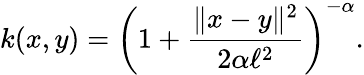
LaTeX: k(x,y)=\left(1+\frac{\| x-y\| ^{2}}{2\alpha\ell^{2}}\right)^{-\alpha}.